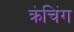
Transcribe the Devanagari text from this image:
क्रंचिंग